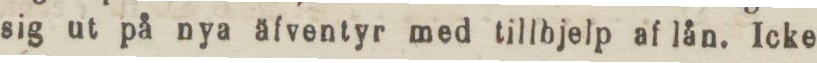
sig ut på nya äfventyr med tillbjelp af lån. Icke